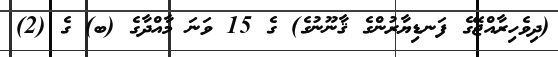
(ދިވެހިރާއްޖޭގެ ފަނޑިޔާރުންގެ ޤާނޫނުގެ) ގެ 15 ވަނަ މާއްދާގެ (ބ) ގެ (2)